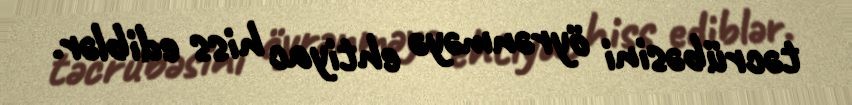
təcrübəsini öyrənməyə ehtiyac hiss ediblər.